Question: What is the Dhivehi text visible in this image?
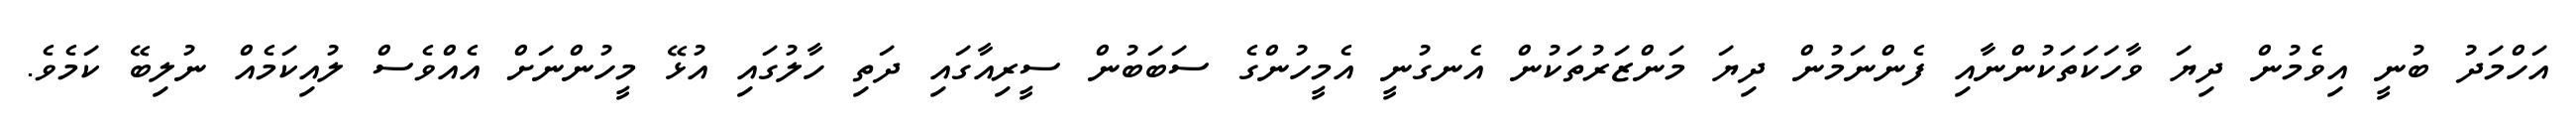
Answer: އަހްމަދު ބުނީ އިވެމުން ދިޔަ ވާހަކަތަކުންނާއި ފެންނަމުން ދިޔަ މަންޒަރުތަކުން އެނގުނީ އެމީހުންގެ ސަބަބުން ސީރިއާގައި ދަތި ހާލުގައި އުޅޭ މީހުންނަށް އެއްވެސް ލުއިކަމެއް ނުލިބޭ ކަމެވެ.